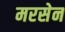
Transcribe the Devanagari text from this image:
मरसेन